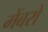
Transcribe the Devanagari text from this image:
मेंबरों